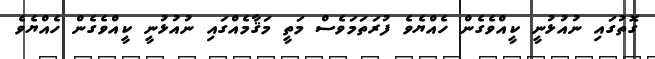
ގޮތުގައި ނުއުޅުނީ ކީއްވެގެން ހެއްޔެވެ ފުރަތަމަވެސް މަތީ މަޤާމެއްގައި ނުއުޅުނީ ކީއްވެގެން ހެއްޔެވެ